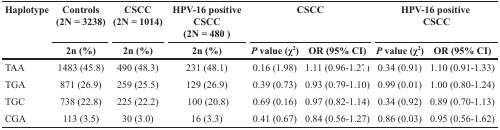
| <ROWSPAN=2> Haplotype | Controls(2N = 3238) | CSCC(2N = 1014) | HPV-16 positive CSCC(2N = 480) | <COLSPAN=2> CSCC | <COLSPAN=2> HPV-16 positive CSCC |
 | 2n (%) | 2n (%) | 2n (%) | P value (χ) | OR (95% CI) | P value (χ) | OR (95% CI) |
 | --- | --- | --- | --- | --- | --- | --- | --- |
 | TAA | 1483 (45.8) | 490 (48.3) | 231 (48.1) | 0.16 (1.98) | 1.11 (0.96-1.27) | 0.34 (0.91) | 1.10 (0.91-1.33) |
 | TGA | 871 (26.9) | 259 (25.5) | 129 (26.9) | 0.39 (0.73) | 0.93 (0.79-1.10) | 0.99 (0.01) | 1.00 (0.80-1.24) |
 | TGC | 738 (22.8) | 225 (22.2) | 100 (20.8) | 0.69 (0.16) | 0.97 (0.82-1.14) | 0.34 (0.92) | 0.89 (0.70-1.13) |
 | CGA | 113 (3.5) | 30 (3.0) | 16 (3.3) | 0.41 (0.67) | 0.84 (0.56-1.27) | 0.86 (0.03) | 0.95 (0.56-1.62) |